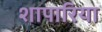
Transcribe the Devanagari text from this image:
शापारिया